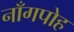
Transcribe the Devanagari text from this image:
नाँगपोह